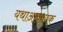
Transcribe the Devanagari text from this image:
यथाआवश्यक